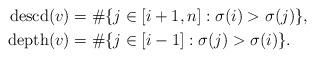
LaTeX: \begin{align*} \mathrm{descd}(v) &= \#\{j\in[i+1,n]:\sigma(i)>\sigma(j)\}, \\ \mathrm{depth}(v) &= \#\{j\in[i-1]:\sigma(j)>\sigma(i)\}. \end{align*}